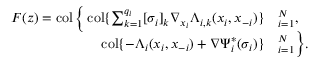
\begin{array} { r l } { F ( \boldsymbol { z } ) = \operatorname { c o l } \Big \{ \operatorname { c o l } \{ \sum _ { k = 1 } ^ { q _ { i } } [ \sigma _ { i } ] _ { k } \nabla _ { x _ { i } } \Lambda _ { i , k } ( x _ { i } , \boldsymbol { x } _ { - i } ) \} } & { _ { i = 1 } ^ { N } , } \\ { \operatorname { c o l } \{ - \Lambda _ { i } ( x _ { i } , \boldsymbol { x } _ { - i } ) + \nabla \Psi _ { i } ^ { * } ( \sigma _ { i } ) \} } & { _ { i = 1 } ^ { N } \Big \} . } \end{array}